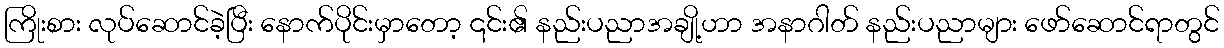
ကြိုးစား လုပ်ဆောင်ခဲ့ပြီး နောက်ပိုင်းမှာတော့ ၎င်း၏ နည်းပညာအချို့ဟာ အနာဂါတ် နည်းပညာများ ဖော်ဆောင်ရာတွင်